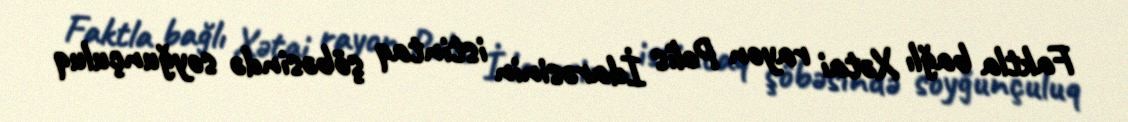
Faktla bağlı Xətai rayon Polis İdarəsinin istintaq şöbəsində soyğunçuluq